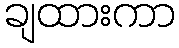
ချထားကာ